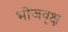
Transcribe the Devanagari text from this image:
भोजवृक्ष